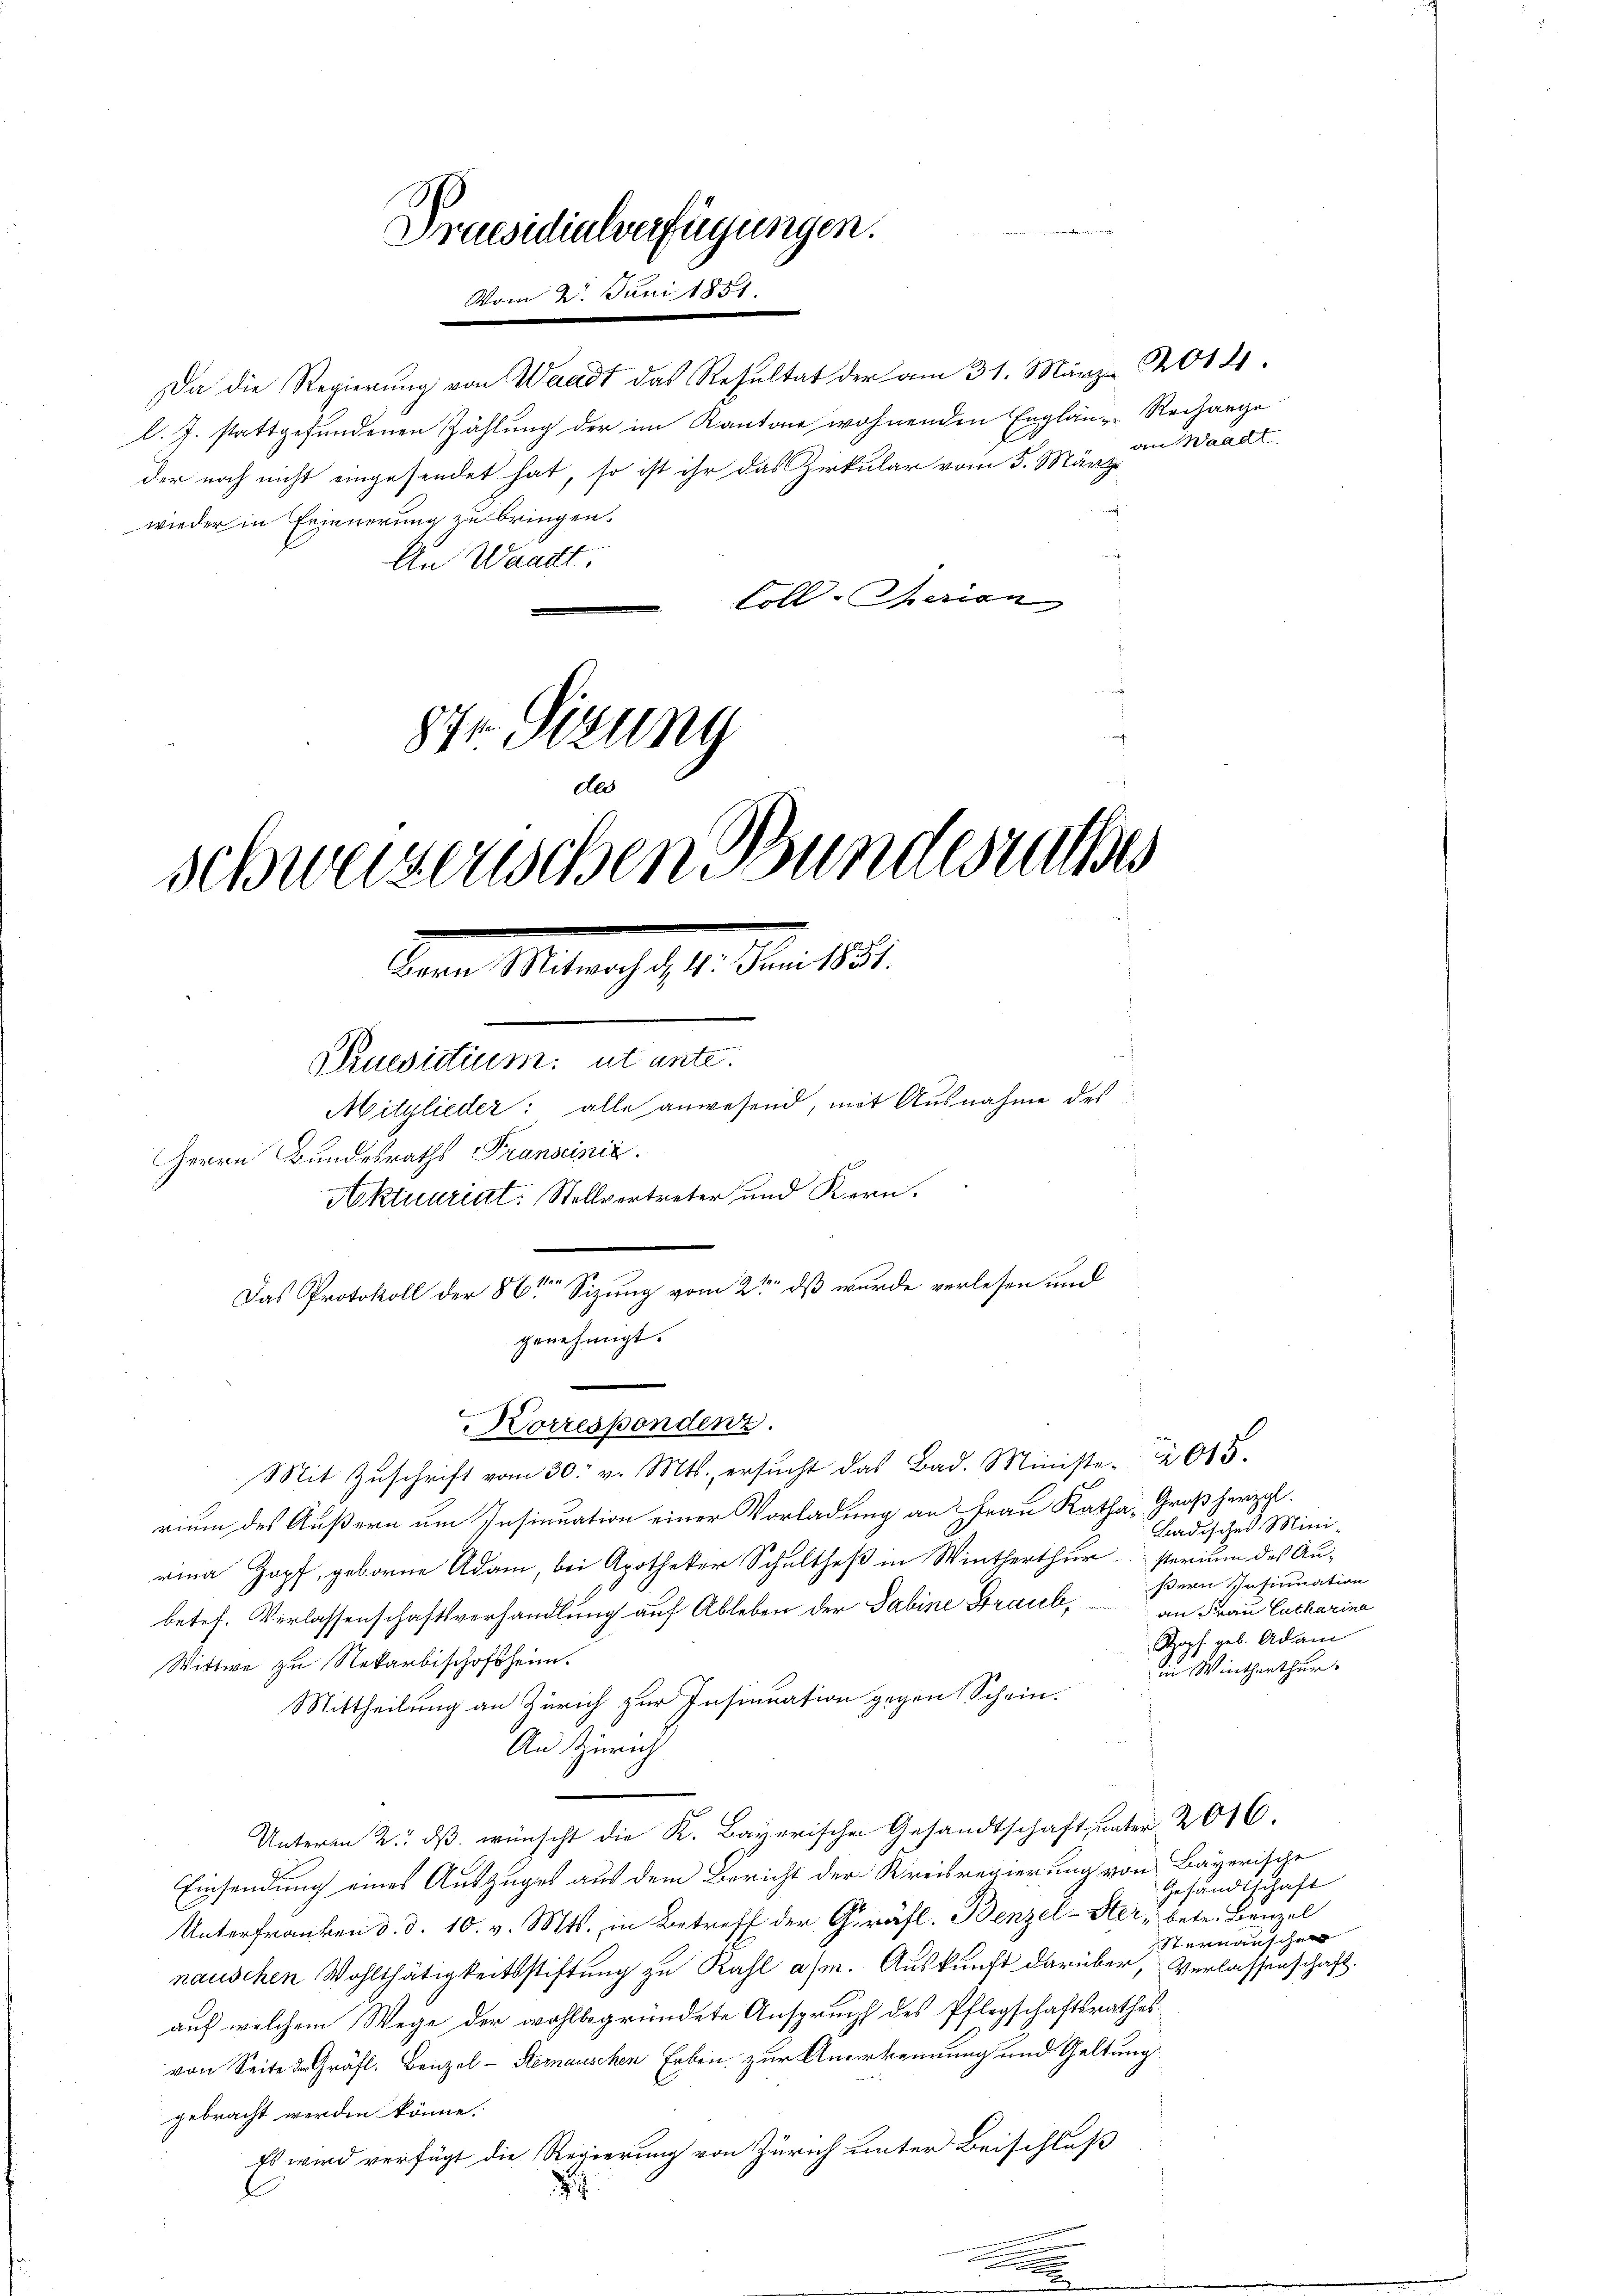
Da die Regierung von Waadt das Resultat der am 31. März 2014.
l. J. stattgefundenen Zählung der im Kantone wohnenden Englänze Rechange
der noch nicht eingesendet hat, so ist ihr das Zirkular vom 5. März
wieder in Erinnerung zu bringen.
An Waadt
Foll- Serien

874. Sizung
des
schweizerischen Bundesrathes
Seiner Miteres 18. Mai 1891
Druevitium ut ente.
Mitglieder: alle anwesend, mit Ausnahme des
Herrn Bundesraths Transcinić.
Aktuariat. Stellvertreter und Kern.
1ten
Das Protokoll der 86ten Sizung vom 2ten dß wurde verlesen und
genehmigt.

Praesidialverfügungen.
Vom 2. Juni 1851.

Korrespondenz.

Mit Zŭschrift vom 30. v. Mts. ersŭcht das Bad. Ministe 615.
rium des Äußern um Insinuation einer Vorladung an Frau Katha, Großherzogl.
rina Zopf, geborne Adam, bei Apotheker Schultheß in Winterthursterium des Au-
betef. Verlassenschaftsverhandlung auf Ableben der Sabine Braub,
Wittwe zu Nekarbischofsheim.
Mittheilung an Zürich zur Insinuation gegen Schein.
An Zürich
Unterm 2. dβ wünscht die K. Bayerischen Gesandtschaft unter 2016.
Einsendung eines Auszuges aus dem Bericht der Kreisregierung von Bayerische
Unterfranken d. d. 10. v. Mts., in Betreff der Gräfl. Benzel-Her- betr. Benzel
nauschen Wohlthätigkeitsstiftung zu Kahl asm. Auskunft darüber, Verlassenschaft.
auf welchem Wege der wohlbegründete Anspruch des Pflegschaftsrathes
von Seite in Gräfl. Benzel-Sternauschen Erben zur Anerkennung und Geltung
gebracht werden könne.
Es wird verfügt die Regierung von Zürich unter Beischluß
2

A
an Waadt.

Badisches Mini-
ßern Insinuation
an Frau Catharina
Kopf geb. Adam
in Winterthur.

Gesandtschaft
Sternanschen